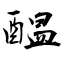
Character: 醖